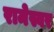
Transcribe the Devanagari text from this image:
रामेस्वर